Annual statistical returns and brief notes on vaccination in Bengal - 1909-1929
Year: 1909
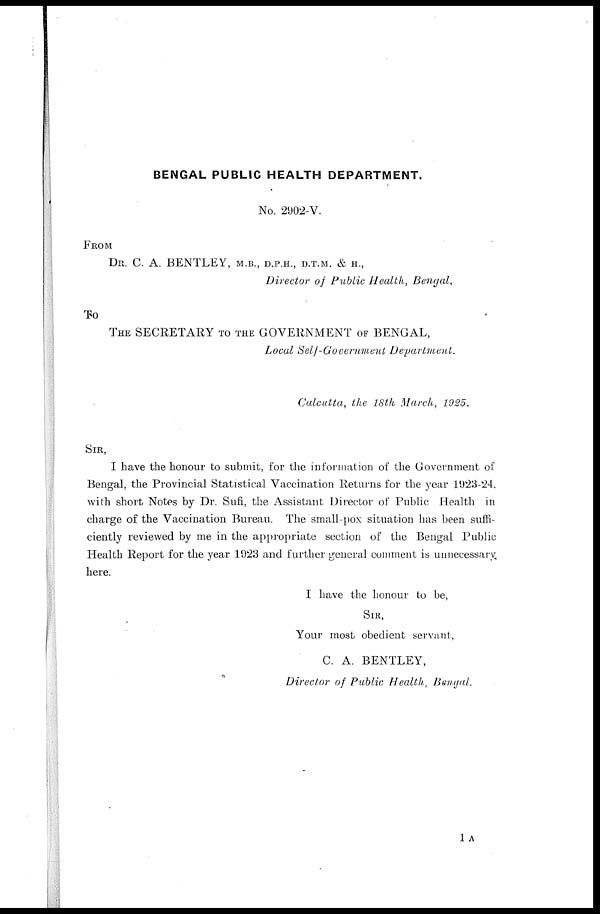
BENGAL PUBLIC HEALTH DEPARTMENT.
No. 2902-V.
FROM
DR. C. A. BENTLEY, M.B., D.P.H., D.T.M. & H.,
Director of Public Health, Bengal,
To
THE SECRETARY TO THE GOVERNMENT OF BENGAL,
Local Self-Government
Department.
Calcutta, the 18th March, 1925.
SIR,
I have the honour to submit, for the information of the Government of
Bengal, the Provincial Statistical Vaccination Returns for the year 1923-24,
with short Notes by Dr. Sufi, the Assistant Director of Public Health in
charge of the Vaccination Bureau. The small-pox situation has been suffi-
ciently reviewed by me in the appropriate section of the Bengal Public
Health Report for the year 1923 and further general comment is unnecessary,
here.
I have the honour to be,
SIR,
Your most obedient servant,
C. A. BENTLEY,
Director of Public Health, Bengal.
1 A